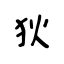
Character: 狄